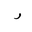
Letter: _ra